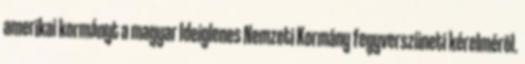
amerikai kormányt a magyar Ideiglenes Nemzeti Kormány fegyverszüneti kérelmérõl.